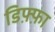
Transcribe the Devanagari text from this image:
डिफ़्फ़ा